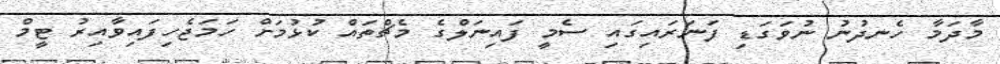
މާދަމާ ހެނދުނު ނުވަގަޑި ފަނަރައިގައި ސެމީ ފައިނަލްގެ މެޗްތައް ކުޅުމަށް ހަމަޖެހިފައިވާއިރު ޓީމް